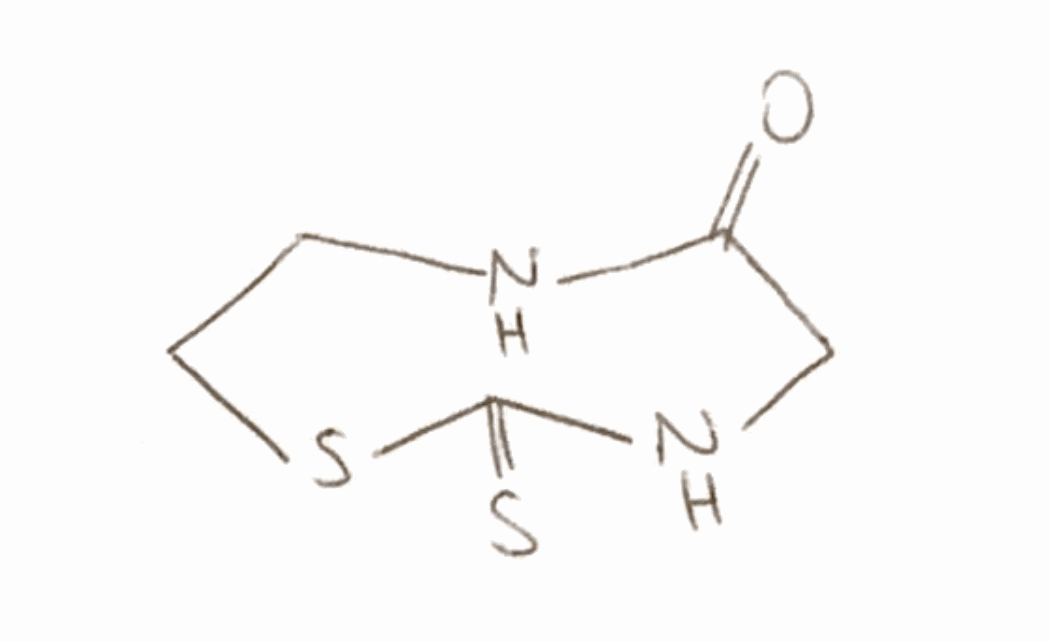
Simplified molecular-input line-entry system (SMILES) notation of the given molecule:
C1CSC(=S)NCC(=O)N1